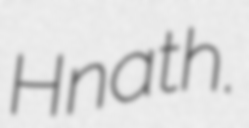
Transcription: Hnath.